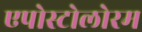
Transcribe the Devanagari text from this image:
एपोस्टोलोरम